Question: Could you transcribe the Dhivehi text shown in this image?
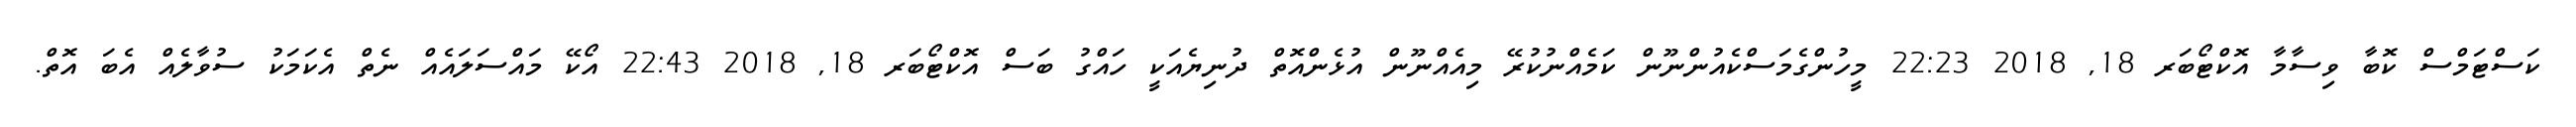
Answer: ކަސްޓަމްސް ކޮބާ ވިސާމާ އޮކްޓޯބަރ 18, 2018 22:23 މީހުންގެމަސްކެއުންނޫން ކަމެއްނުކުރޭ މިއެއްނޫން އުޅެންއޮތް ދުނިޔެއަކީ ހައްގު ބަސް އޮކްޓޯބަރ 18, 2018 22:43 އޯކޭ މައްސަލައެއް ނެތް އެކަމަކު ސުވާލެއް އެބަ އޮތް.